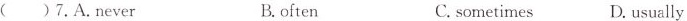
( ) 7. A. Never B. often C. sometimes D. usually